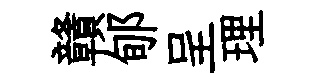
贛郇呈理